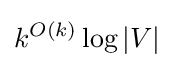
k^{O(k)}\log |V|